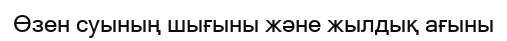
Өзен суының шығыны және жылдық ағыны